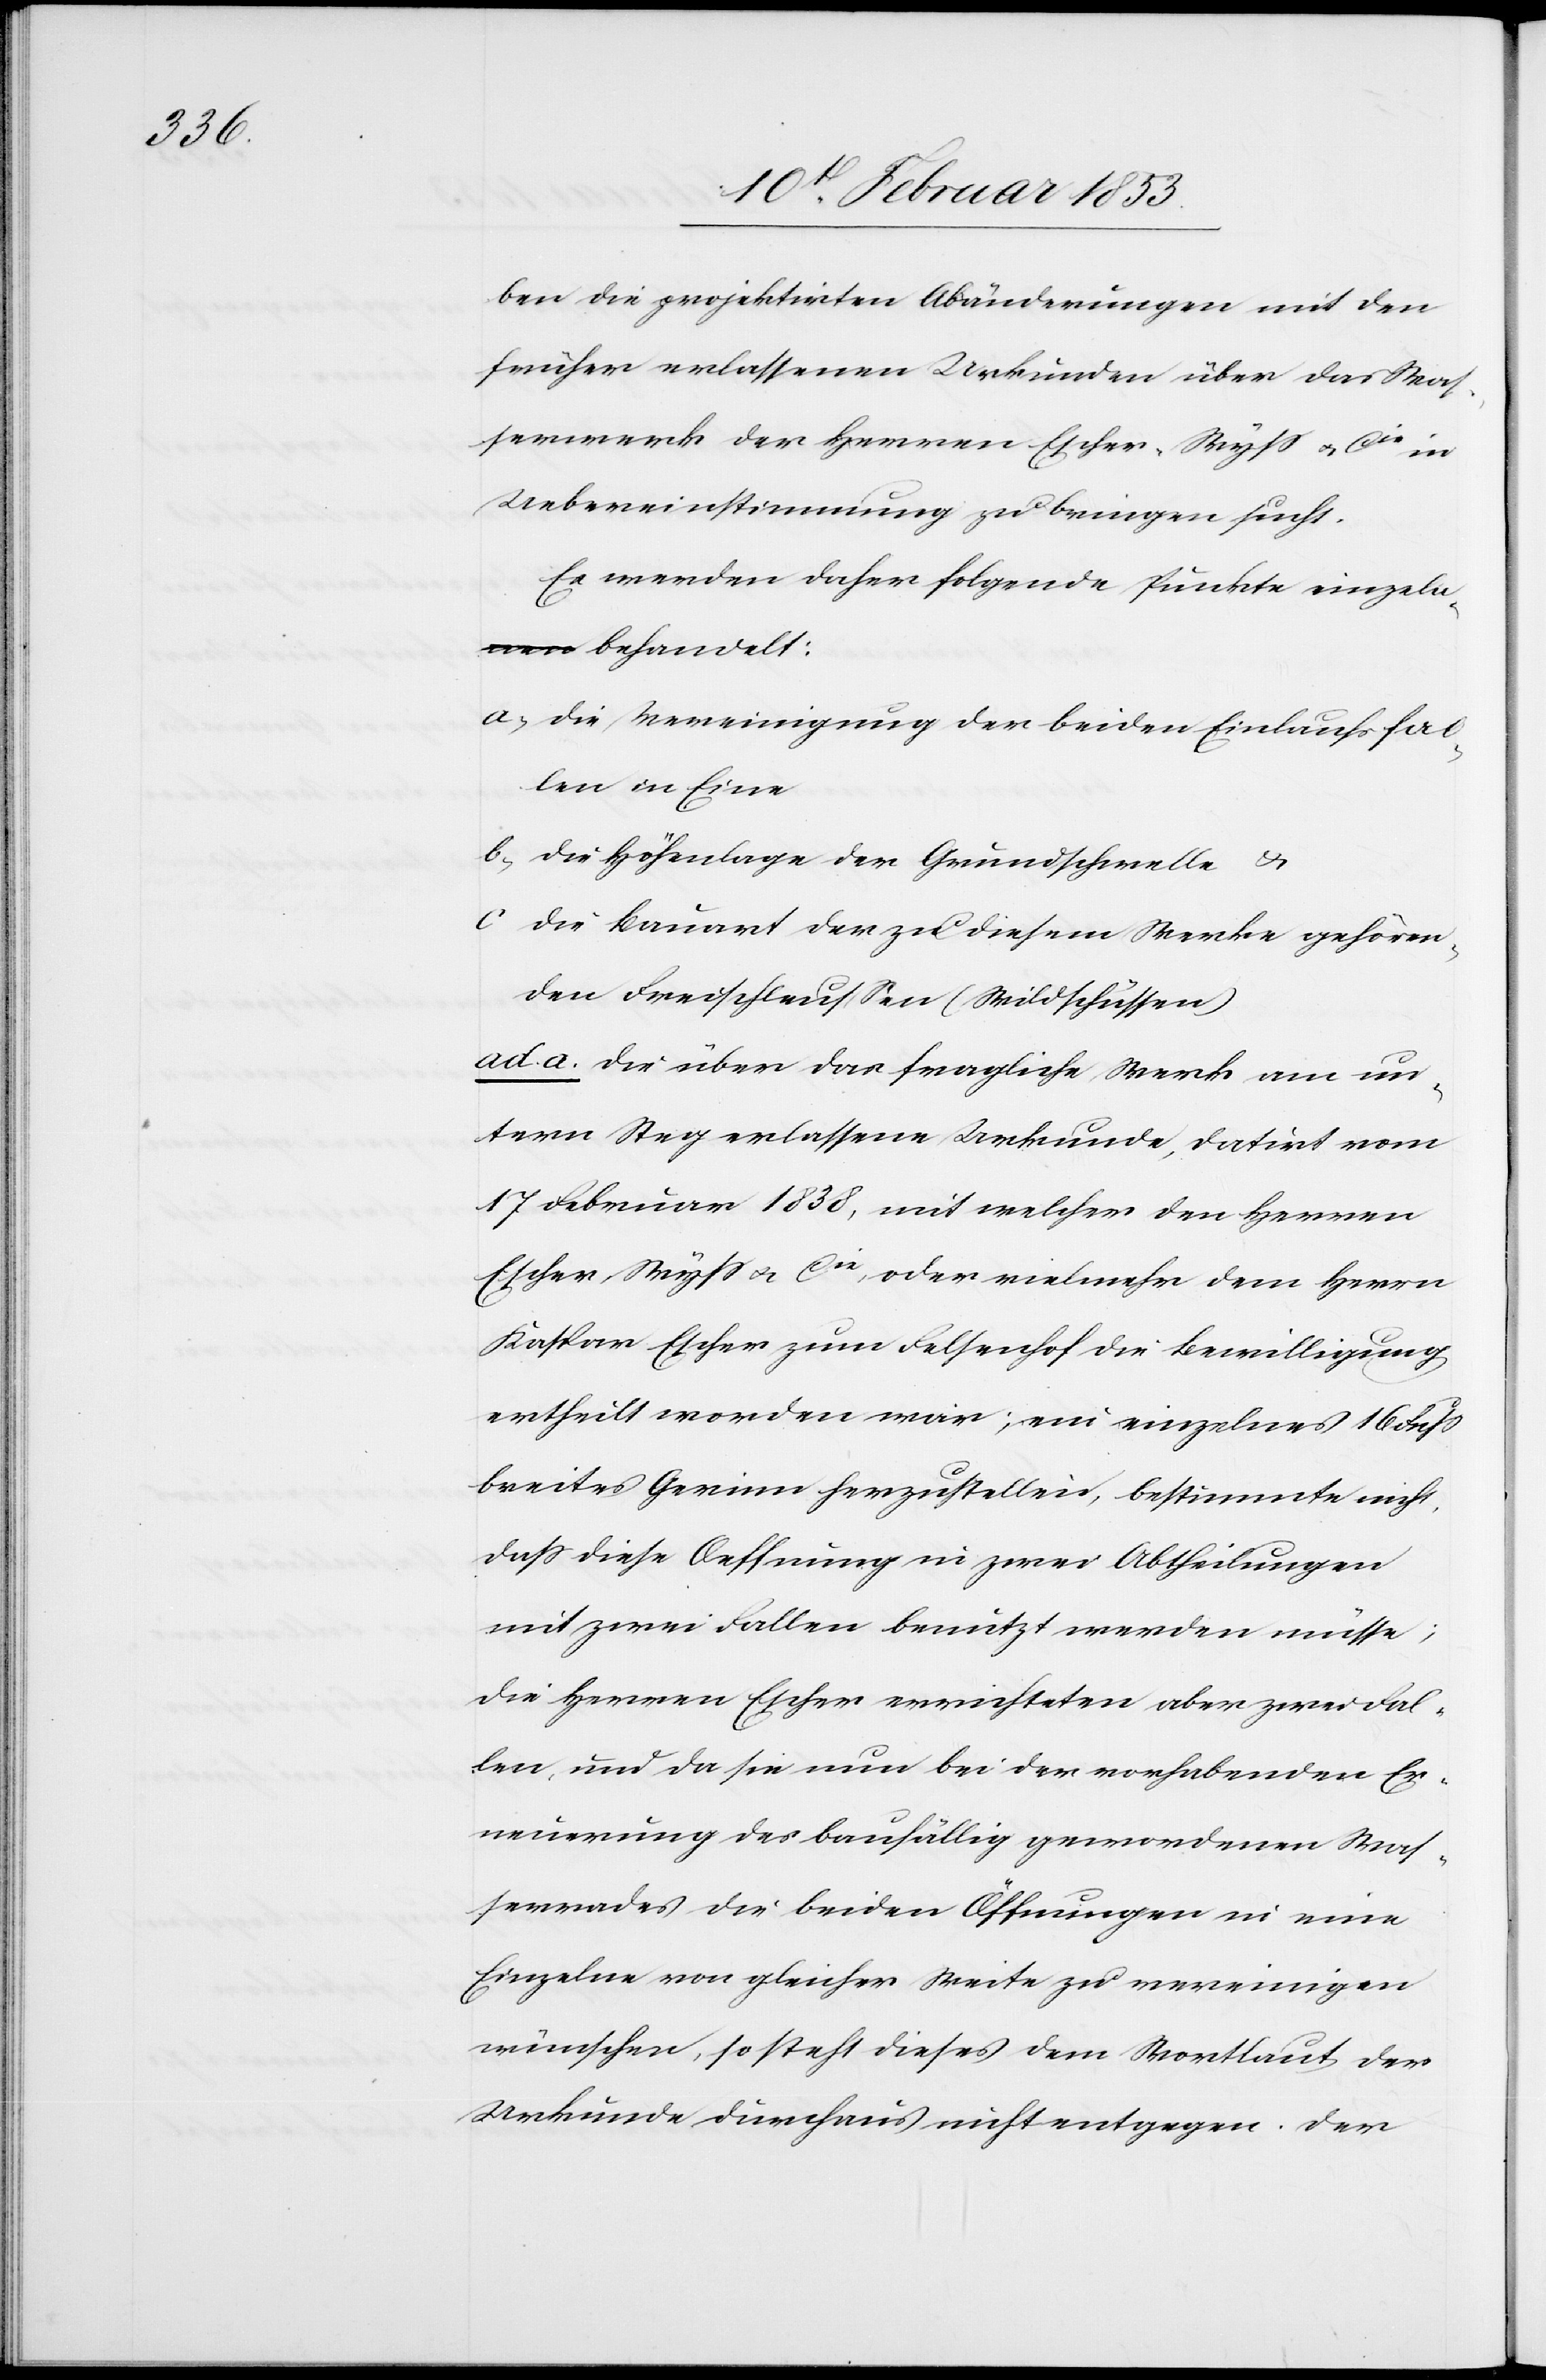
ben die projektirten Abänderungen mit den
früher erlassenen Urkunden über das Was¬
serwerk der Herren Escher-Wyß u. Cie in
Uebereinstimmung zu bringen sucht.
Es werden daher folgende Punkte einzel¬
n behandelt:
a, Die Vereinigung der beiden Einlaufsfal¬
len in Eine
b, Die Höhenlage der Grundschwelle u.
c, Die Bauart der zu diesem Werke gehören¬
den Freischleußen (Wildschüssen)
ad a. Die über das fragliche Werk am un¬
tern Steg erlassene Urkunde, datirt vom
17 Februar 1838, mit welcher den Herrn
Escher-Wyß u. Cie, oder vielmehr dem Herrn
Kaspar Escher zum Feltenhof die Bewillligung
ertheilt worden war; ein einzelnes 16 Fuß
breites Gerinn herzustellen, bestimmte nicht,
daß diese Oeffnung in zwei Abtheilungen
mit zwei Fallen benutzt werden müsse,
die Herren Escher errichteten aber zwei Fal¬
len, und da sie nun bei der vorhabenden Er¬
neuerung des baufällig gewordenen Was¬
serrades die beiden Öffnungen in eine
Einzelne von gleicher Weite zu vereinigen
wünschen, so steht dieses dem Wortlaut der
Urkunde durchaus nicht entgegen. Der